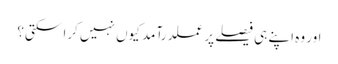
اور وہ اپنے ہی فیصلے پر عملدرآمد کیوں نہیں کرا سکتی؟